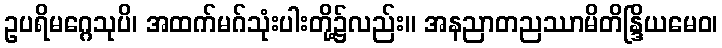
ဥပရိမဂ္ဂေသုပိ၊ အထက်မဂ်သုံးပါးတို့၌လည်း။ အနညာတညဿာမိတိန္ဒြိယမေဝ၊